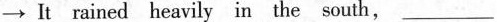
\rightarrow It rained heavily in the south, ___